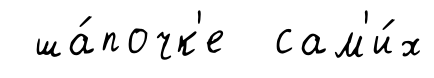
ша́почк'е сам'и́х